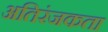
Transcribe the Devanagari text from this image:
अतिरंजकता